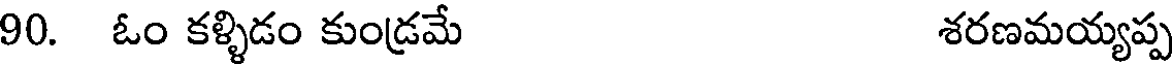
90. ఓం కళ్ళిడం కుండ్రమే శరణమయ్యప్ప